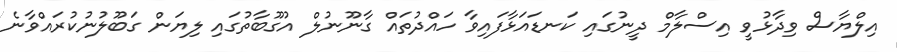
އިލްޔާސް ވިދާޅުވީ އިސްލާމް ދީނުގައި ކަނޑައަޅާފައިވާ ހައްދުތައް ގާނޫނުލް އުގޫބާތުގައި ލިޔަން ގަބޫލުނުކުރައްވާނެ